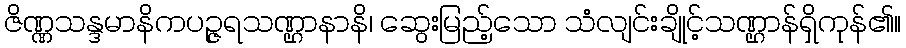
ဇိဏ္ဏသန္ဒမာနိကပဉ္ဇရသဏ္ဌာနာနိ၊ ဆွေးမြည့်သော သံလျင်းချိုင့်သဏ္ဌာန်ရှိကုန်၏။